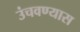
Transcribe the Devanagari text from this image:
उंचवण्यास